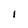
Character: i